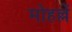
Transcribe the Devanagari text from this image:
मोहल्लें